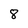
Character: 8